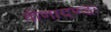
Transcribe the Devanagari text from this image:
वीणादण्डः